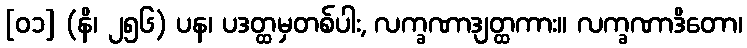
[၀၁] (နိ၊ ၂၅၆) ပန၊ ပဒတ္ထမှတစ်ပါး, လက္ခဏာဒျတ္ထကား။ လက္ခဏာဒိတော၊